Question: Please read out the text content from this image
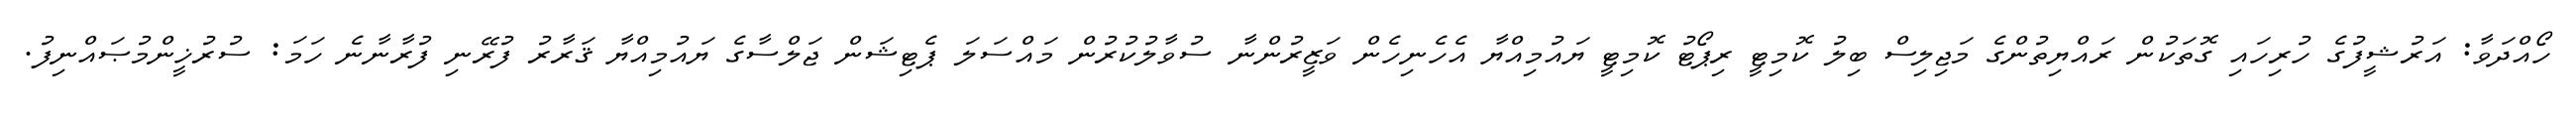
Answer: ހޯއްދަވާ: އަރުޝީފުގެ ހުރިހައި ގޮތަކުން ރައްޔިތުންގެ މަޖިލިސް ބިލު ކޮމިޓީ ރިޕޯޓު ކޮމިޓީ ޔައުމިއްޔާ އެހެނިހެން ވަޒީރުންނާ ސުވާލުކުރުން މައްސަލަ ޕެޓިޝަން ޖަލްސާގެ ޔައުމިއްޔާ ޤަރާރު ފުރޭނި ފުރާނާނެ ހަމަ: ސުރުޚީންމުޞައްނިފު.